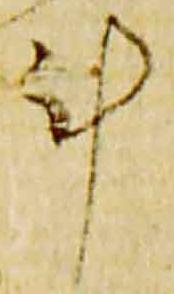
計